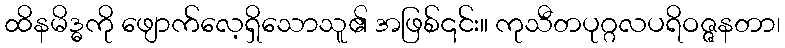
ထိနမိဒ္ဓကို ဖျောက်လေ့ရှိသောသူ၏ အဖြစ်၎င်း။ ကုသီတပုဂ္ဂလပရိဝဇ္ဇနတာ၊